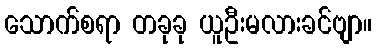
သောက်စရာ တခုခု ယူဦးမလားခင်ဗျာ။